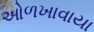
ઓળખાવાયા